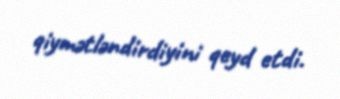
qiymətləndirdiyini qeyd etdi.